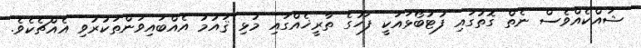
ޝައްކެއްވެސް ނެތް ގޮތުގައި ފުޓުބޯޅައަކީ ފަހުގެ ތާރީޚެއްގައި މުޅި ޤައުމު އެއްބައިވަންތަކުރުވި އެއްޗެކެވެ.